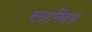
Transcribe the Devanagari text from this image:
ग्लानिवश